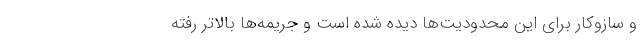
و سازوکار برای این محدودیت‌ها دیده شده است و جریمه‌ها بالاتر رفته